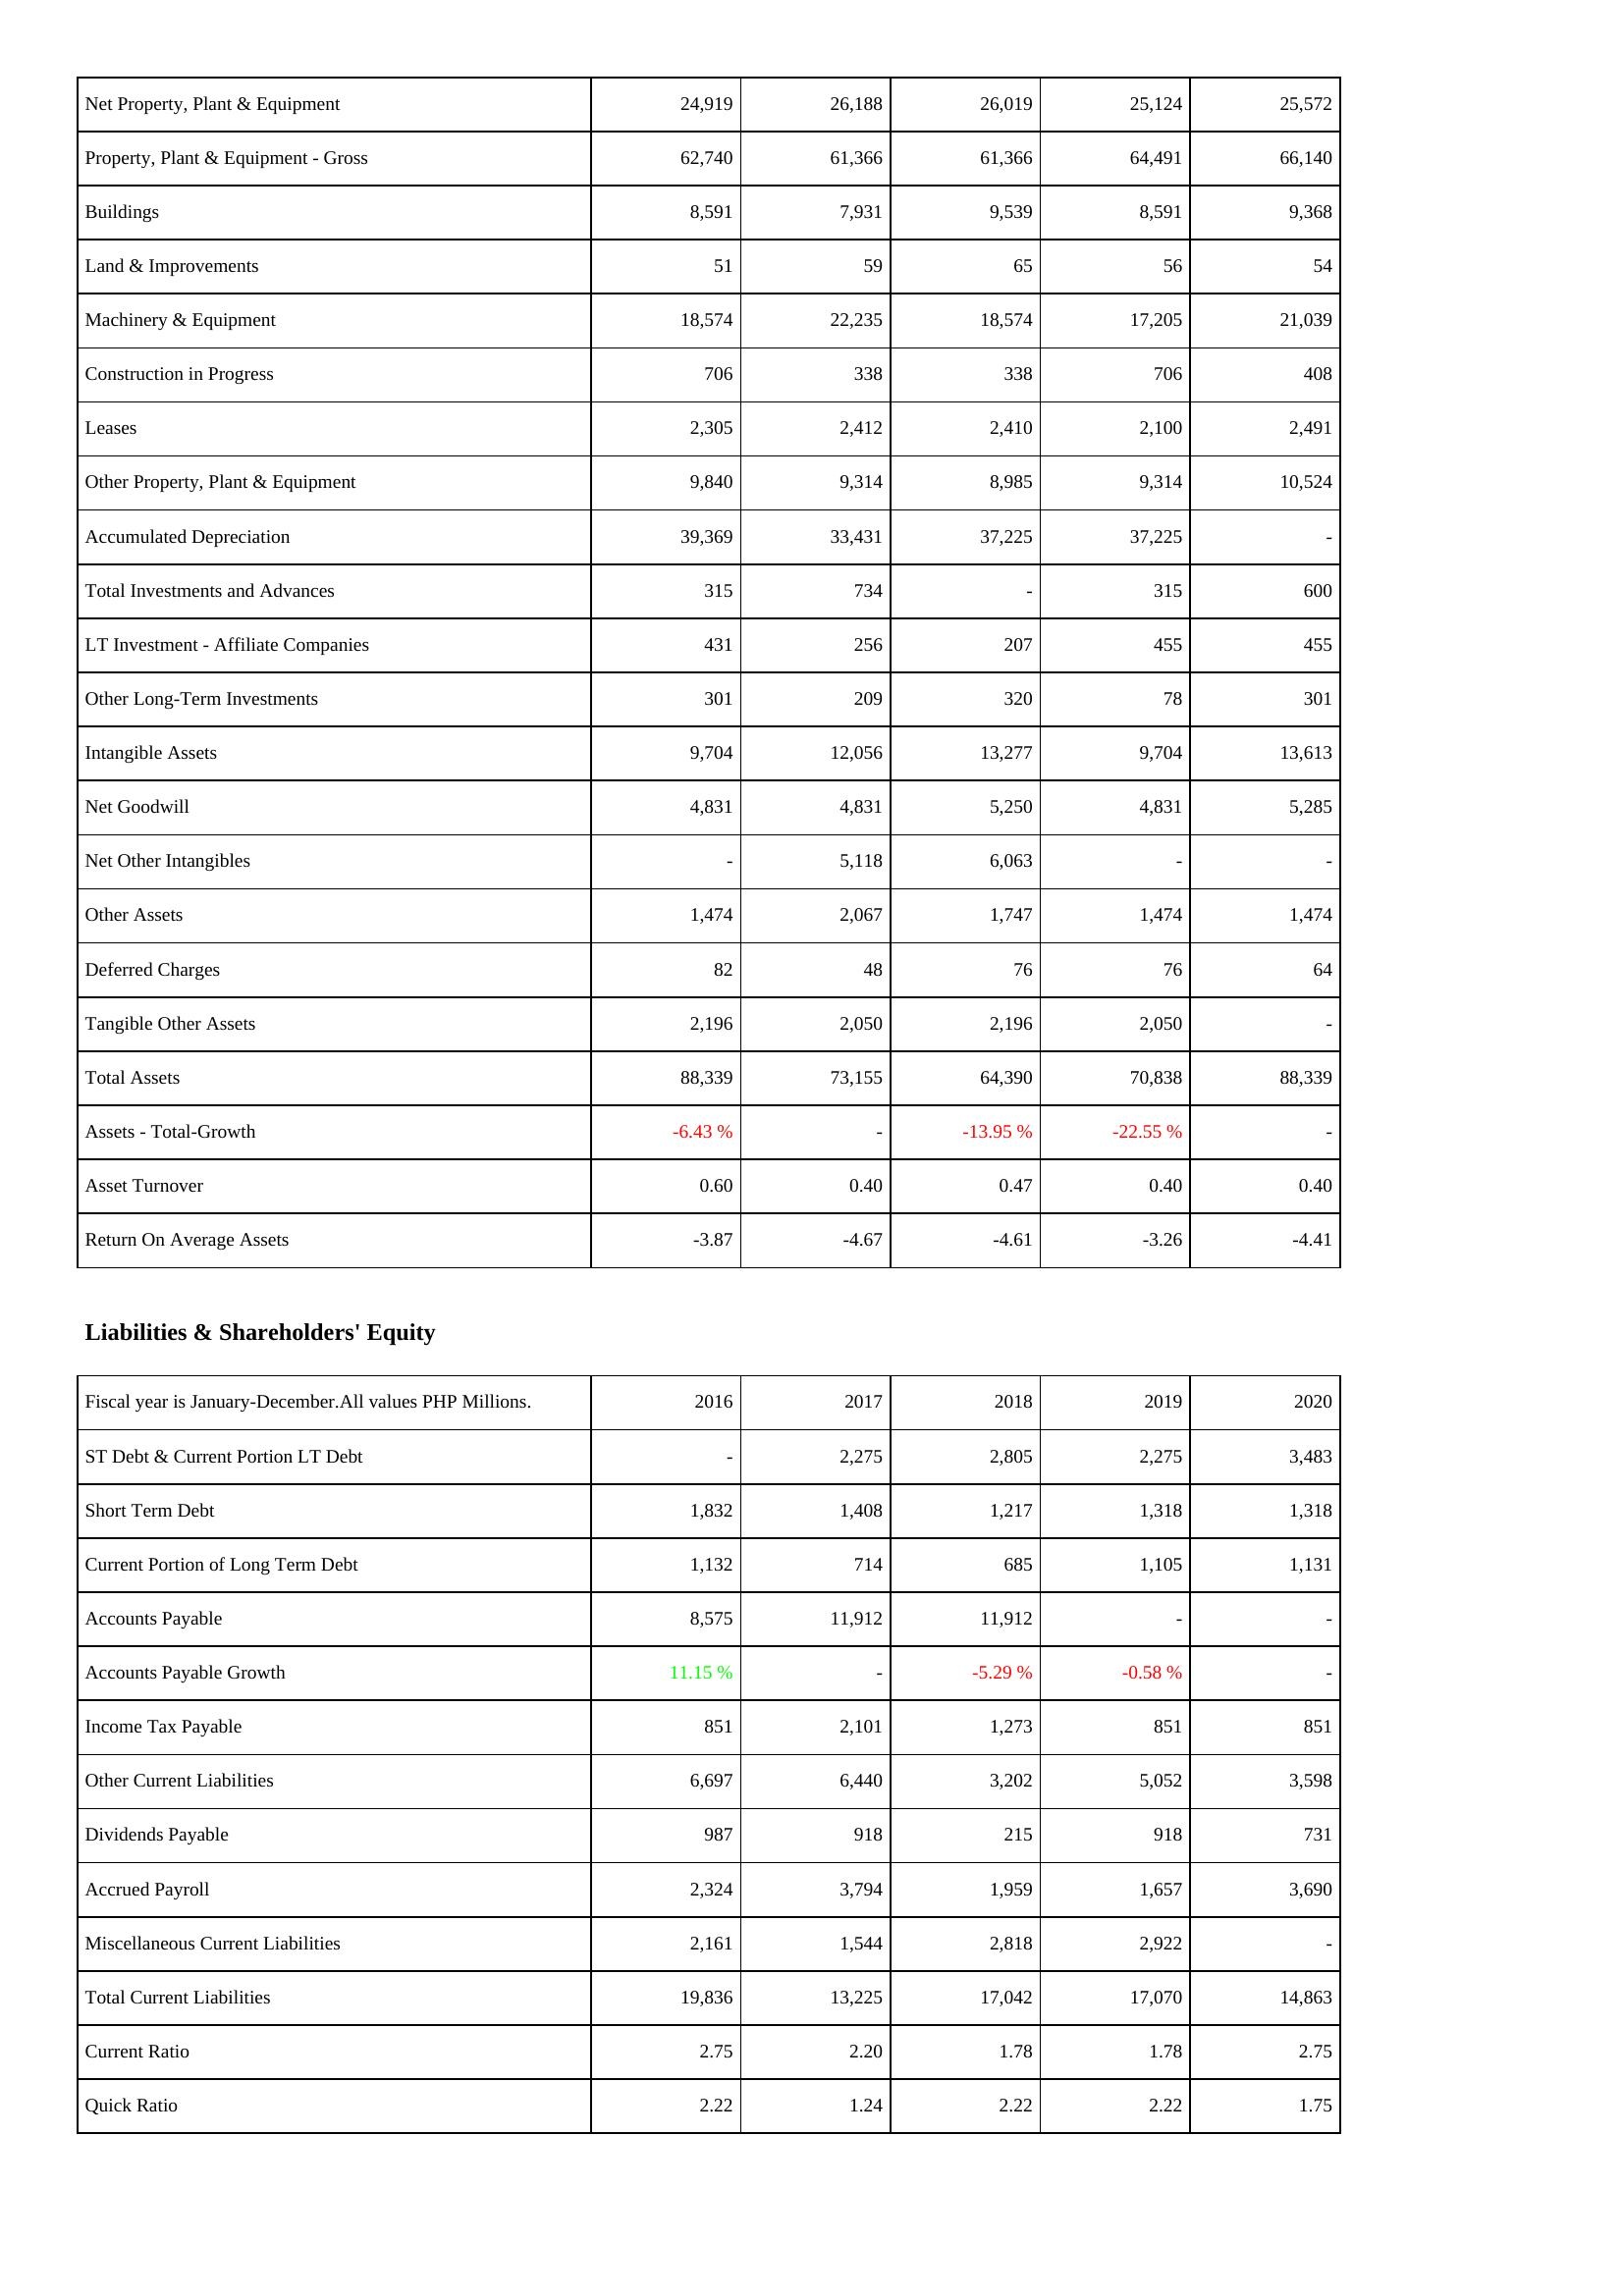
2016: Assets: Net Property, Plant & Equipment: 24,919
Property, Plant & Equipment - Gross: 62,740
Buildings: 8,591
Land & Improvements: 51
Machinery & Equipment: 18,574
Construction in Progress: 706
Leases: 2,305
Other Property, Plant & Equipment: 9,840
Accumulated Depreciation: 39,369
Total Investments and Advances: 315
LT Investment - Affiliate Companies: 431
Other Long-Term Investments: 301
Intangible Assets: 9,704
Net Goodwill: 4,831
Net Other Intangibles: -
Other Assets: 1,474
Deferred Charges: 82
Tangible Other Assets: 2,196
Total Assets: 88,339
Assets - Total-Growth: -6.43 %
Asset Turnover: 0.60
Return On Average Assets: -3.87
Liabilities & Shareholders' Equity: ST Debt & Current Portion LT Debt: -
Short Term Debt: 1,832
Current Portion of Long Term Debt: 1,132
Accounts Payable: 8,575
Accounts Payable Growth: 11.15 %
Income Tax Payable: 851
Other Current Liabilities: 6,697
Dividends Payable: 987
Accrued Payroll: 2,324
Miscellaneous Current Liabilities: 2,161
Total Current Liabilities: 19,836
Current Ratio: 2.75
Quick Ratio: 2.22
2017: Assets: Net Property, Plant & Equipment: 26,188
Property, Plant & Equipment - Gross: 61,366
Buildings: 7,931
Land & Improvements: 59
Machinery & Equipment: 22,235
Construction in Progress: 338
Leases: 2,412
Other Property, Plant & Equipment: 9,314
Accumulated Depreciation: 33,431
Total Investments and Advances: 734
LT Investment - Affiliate Companies: 256
Other Long-Term Investments: 209
Intangible Assets: 12,056
Net Goodwill: 4,831
Net Other Intangibles: 5,118
Other Assets: 2,067
Deferred Charges: 48
Tangible Other Assets: 2,050
Total Assets: 73,155
Assets - Total-Growth: -
Asset Turnover: 0.40
Return On Average Assets: -4.67
Liabilities & Shareholders' Equity: ST Debt & Current Portion LT Debt: 2,275
Short Term Debt: 1,408
Current Portion of Long Term Debt: 714
Accounts Payable: 11,912
Accounts Payable Growth: -
Income Tax Payable: 2,101
Other Current Liabilities: 6,440
Dividends Payable: 918
Accrued Payroll: 3,794
Miscellaneous Current Liabilities: 1,544
Total Current Liabilities: 13,225
Current Ratio: 2.20
Quick Ratio: 1.24
2018: Assets: Net Property, Plant & Equipment: 26,019
Property, Plant & Equipment - Gross: 61,366
Buildings: 9,539
Land & Improvements: 65
Machinery & Equipment: 18,574
Construction in Progress: 338
Leases: 2,410
Other Property, Plant & Equipment: 8,985
Accumulated Depreciation: 37,225
Total Investments and Advances: -
LT Investment - Affiliate Companies: 207
Other Long-Term Investments: 320
Intangible Assets: 13,277
Net Goodwill: 5,250
Net Other Intangibles: 6,063
Other Assets: 1,747
Deferred Charges: 76
Tangible Other Assets: 2,196
Total Assets: 64,390
Assets - Total-Growth: -13.95 %
Asset Turnover: 0.47
Return On Average Assets: -4.61
Liabilities & Shareholders' Equity: ST Debt & Current Portion LT Debt: 2,805
Short Term Debt: 1,217
Current Portion of Long Term Debt: 685
Accounts Payable: 11,912
Accounts Payable Growth: -5.29 %
Income Tax Payable: 1,273
Other Current Liabilities: 3,202
Dividends Payable: 215
Accrued Payroll: 1,959
Miscellaneous Current Liabilities: 2,818
Total Current Liabilities: 17,042
Current Ratio: 1.78
Quick Ratio: 2.22
2019: Assets: Net Property, Plant & Equipment: 25,124
Property, Plant & Equipment - Gross: 64,491
Buildings: 8,591
Land & Improvements: 56
Machinery & Equipment: 17,205
Construction in Progress: 706
Leases: 2,100
Other Property, Plant & Equipment: 9,314
Accumulated Depreciation: 37,225
Total Investments and Advances: 315
LT Investment - Affiliate Companies: 455
Other Long-Term Investments: 78
Intangible Assets: 9,704
Net Goodwill: 4,831
Net Other Intangibles: -
Other Assets: 1,474
Deferred Charges: 76
Tangible Other Assets: 2,050
Total Assets: 70,838
Assets - Total-Growth: -22.55 %
Asset Turnover: 0.40
Return On Average Assets: -3.26
Liabilities & Shareholders' Equity: ST Debt & Current Portion LT Debt: 2,275
Short Term Debt: 1,318
Current Portion of Long Term Debt: 1,105
Accounts Payable: -
Accounts Payable Growth: -0.58 %
Income Tax Payable: 851
Other Current Liabilities: 5,052
Dividends Payable: 918
Accrued Payroll: 1,657
Miscellaneous Current Liabilities: 2,922
Total Current Liabilities: 17,070
Current Ratio: 1.78
Quick Ratio: 2.22
2020: Assets: Net Property, Plant & Equipment: 25,572
Property, Plant & Equipment - Gross: 66,140
Buildings: 9,368
Land & Improvements: 54
Machinery & Equipment: 21,039
Construction in Progress: 408
Leases: 2,491
Other Property, Plant & Equipment: 10,524
Accumulated Depreciation: -
Total Investments and Advances: 600
LT Investment - Affiliate Companies: 455
Other Long-Term Investments: 301
Intangible Assets: 13,613
Net Goodwill: 5,285
Net Other Intangibles: -
Other Assets: 1,474
Deferred Charges: 64
Tangible Other Assets: -
Total Assets: 88,339
Assets - Total-Growth: -
Asset Turnover: 0.40
Return On Average Assets: -4.41
Liabilities & Shareholders' Equity: ST Debt & Current Portion LT Debt: 3,483
Short Term Debt: 1,318
Current Portion of Long Term Debt: 1,131
Accounts Payable: -
Accounts Payable Growth: -
Income Tax Payable: 851
Other Current Liabilities: 3,598
Dividends Payable: 731
Accrued Payroll: 3,690
Miscellaneous Current Liabilities: -
Total Current Liabilities: 14,863
Current Ratio: 2.75
Quick Ratio: 1.75